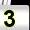
Digit: 3